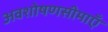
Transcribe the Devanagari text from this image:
अवशोषणसीमाएँ